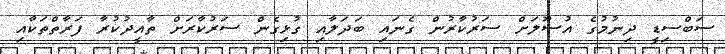
ސަބްސިޑީ ދިނުމުގެ އުސޫލަށް ސަރުކާރުން ގެނައި ބަދަލާއި ގުޅިގެން ސަރުކާރަށް ތާއީދުކުރާ ފަރާތްތަކާއި